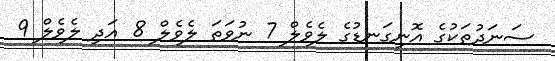
ސަނަދުތަކުގެ އޮނިގަނޑުގެ ލެވެލް 7 ނުވަތަ ލެވެލް 8 އަދި ލެވެލް 9